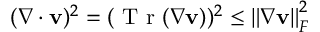
( \nabla \cdot \mathbf { v } ) ^ { 2 } = ( \mathrm { ~ T ~ r ~ } ( \nabla \mathbf { v } ) ) ^ { 2 } \leq \left\lVert \nabla \mathbf { v } \right\rVert _ { F } ^ { 2 }